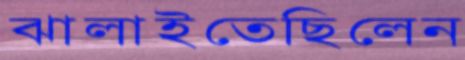
ঝালাইতেছিলেন